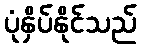
ပုံနှိပ်နိုင်သည်